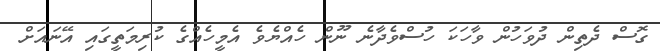
ގޮސް ދެތިން ދުވަހުން ވާހަކަ ހުސްވެދާނެ ނޫން ހެއްޔެވެ އެމީހެއްގެ ކުރިމަތީގައި އޭނައަށް